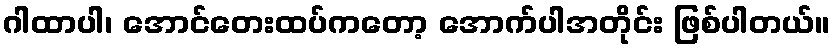
ဂါထာပါ၊ အောင်တေးထပ်ကတော့ အောက်ပါအတိုင်း ဖြစ်ပါတယ်။